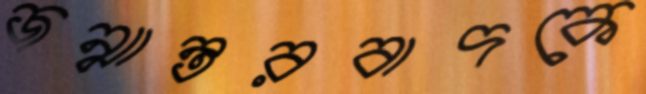
জন্মান্তরবাদকে